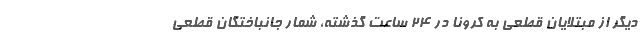
دیگر از مبتلایان قطعی به کرونا در ۲۴ ساعت گذشته، شمار جانباختگان قطعی